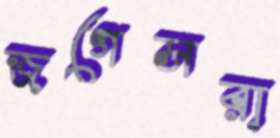
জগেসরা